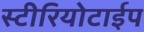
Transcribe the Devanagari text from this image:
स्टीरियोटाईप